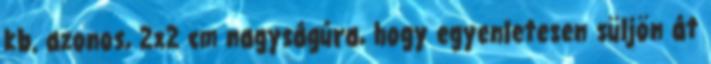
kb. azonos, 2x2 cm nagyságúra, hogy egyenletesen süljön át